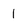
Character: 1